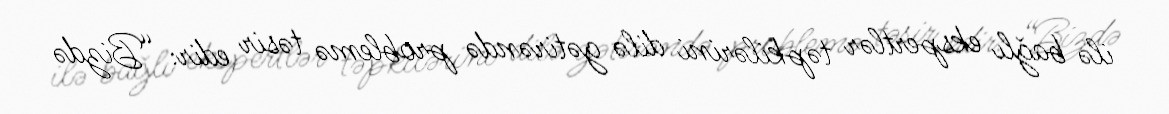
ilə bağlı ekspertlər təpkilərini dilə gətirəndə problemə təsir edir: “Bizdə